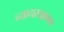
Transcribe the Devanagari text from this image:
न्यायसल्लागार